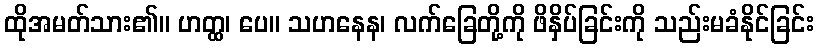
ထိုအမတ်သား၏။ ဟတ္ထ၊ ပေ။ သဟနေန၊ လက်ခြေတို့ကို ဖိနှိပ်ခြင်းကို သည်းမခံနိုင်ခြင်း